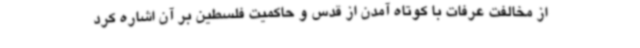
از مخالفت عرفات با کوتاه آمدن از قدس و حاکمیت فلسطین بر آن اشاره کرد